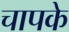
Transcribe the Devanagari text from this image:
चापके